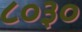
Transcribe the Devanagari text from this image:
८०३०